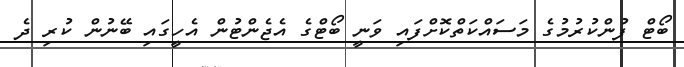
ބޯޓް ފުންކުރުމުގެ މަސައްކަތްކޮށްފައި ވަނީ ބޯޓްގެ އެޖެންޓުން އެހީގައި ބޭނުން ކުރި ދެ